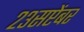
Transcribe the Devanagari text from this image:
२३सप्टेंबर